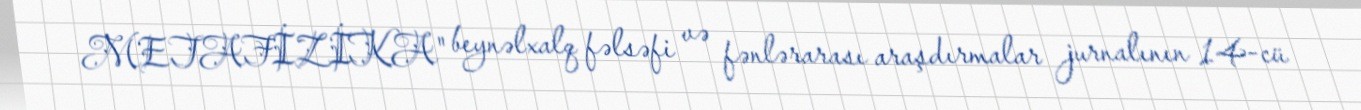
METAFİZİKA" beynəlxalq fəlsəfi və fənlərarası araşdırmalar jurnalının 14-cü